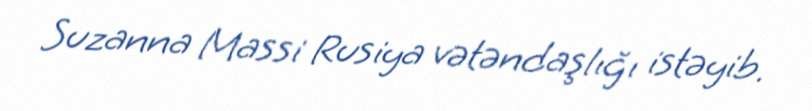
Suzanna Massi Rusiya vətəndaşlığı istəyib.